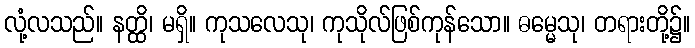
လုံ့လသည်။ နတ္ထိ၊ မရှိ။ ကုသလေသု၊ ကုသိုလ်ဖြစ်ကုန်သော။ ဓမ္မေသု၊ တရားတို့၌။